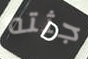
جثته